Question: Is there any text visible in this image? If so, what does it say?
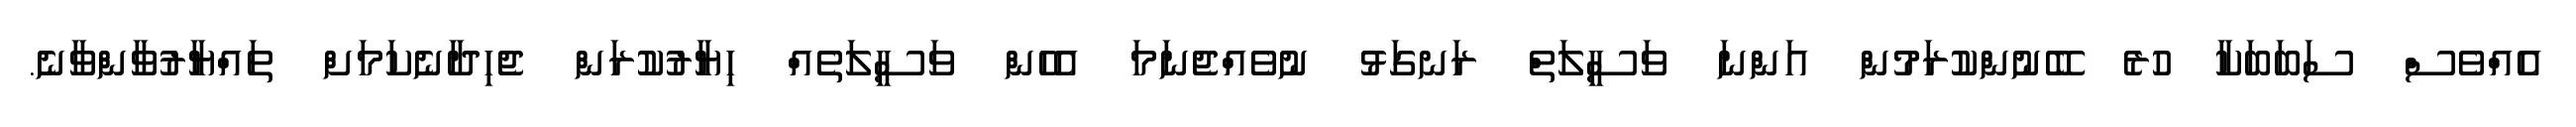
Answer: އެއްވެސް ސަބަބަކާ ހުރެ ބޭނުންކުރަމުން އަންނަ ވަސީލަތް ރަނގަޅު ނުވެއްޖެނަމަ އެހެން ވަސީލަތެއް ހިޔާރުކުރަން ޖެހިދާނެކަމަށް ތައްޔާރުވާންވާނެ.